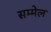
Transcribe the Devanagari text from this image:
सम्‍मेल